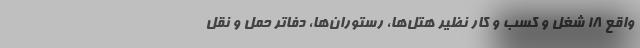
واقع ۱۸ شغل و کسب و کار نظیر هتل‌­ها، رستوران‌­ها، دفاتر حمل و نقل